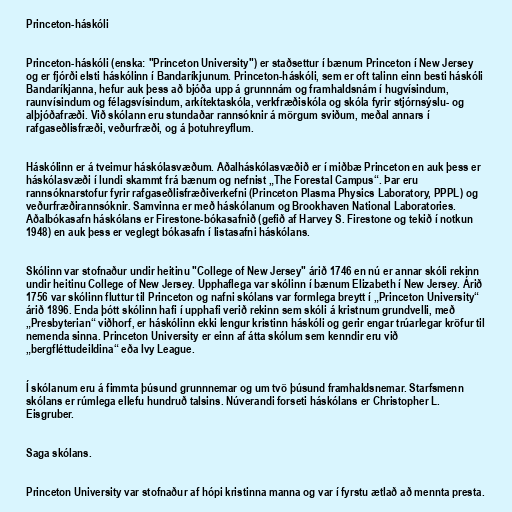
Princeton-háskóli

Princeton-háskóli (enska: "Princeton University") er staðsettur í bænum Princeton í New Jersey
og er fjórði elsti háskólinn í Bandaríkjunum. Princeton-háskóli, sem er oft talinn einn besti háskóli
Bandaríkjanna, hefur auk þess að bjóða upp á grunnnám og framhaldsnám í hugvísindum,
raunvísindum og félagsvísindum, arkítektaskóla, verkfræðiskóla og skóla fyrir stjórnsýslu- og
alþjóðafræði. Við skólann eru stundaðar rannsóknir á mörgum sviðum, meðal annars í
rafgaseðlisfræði, veðurfræði, og á þotuhreyflum.

Háskólinn er á tveimur háskólasvæðum. Aðalháskólasvæðið er í miðbæ Princeton en auk þess er
háskólasvæði í lundi skammt frá bænum og nefnist „The Forestal Campus“. Þar eru
rannsóknarstofur fyrir rafgaseðlisfræðiverkefni (Princeton Plasma Physics Laboratory, PPPL) og
veðurfræðirannsóknir. Samvinna er með háskólanum og Brookhaven National Laboratories.
Aðalbókasafn háskólans er Firestone-bókasafnið (gefið af Harvey S. Firestone og tekið í notkun
1948) en auk þess er veglegt bókasafn í listasafni háskólans.

Skólinn var stofnaður undir heitinu "College of New Jersey" árið 1746 en nú er annar skóli rekinn
undir heitinu College of New Jersey. Upphaflega var skólinn í bænum Elizabeth í New Jersey. Árið
1756 var skólinn fluttur til Princeton og nafni skólans var formlega breytt í „Princeton University“
árið 1896. Enda þótt skólinn hafi í upphafi verið rekinn sem skóli á kristnum grundvelli, með
„Presbyterian“ viðhorf, er háskólinn ekki lengur kristinn háskóli og gerir engar trúarlegar kröfur til
nemenda sinna. Princeton University er einn af átta skólum sem kenndir eru við
„bergfléttudeildina“ eða Ivy League.

Í skólanum eru á fimmta þúsund grunnnemar og um tvö þúsund framhaldsnemar. Starfsmenn
skólans er rúmlega ellefu hundruð talsins. Núverandi forseti háskólans er Christopher L.
Eisgruber.

Saga skólans.

Princeton University var stofnaður af hópi kristinna manna og var í fyrstu ætlað að mennta presta.